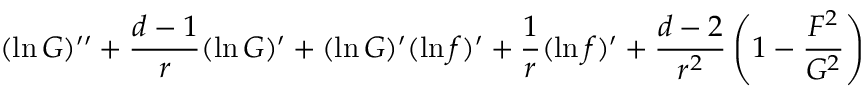
( \ln G ) ^ { \prime \prime } + { \frac { d - 1 } { r } } ( \ln G ) ^ { \prime } + ( \ln G ) ^ { \prime } ( \ln f ) ^ { \prime } + { \frac { 1 } { r } } ( \ln f ) ^ { \prime } + { \frac { d - 2 } { r ^ { 2 } } } \left( 1 - { \frac { F ^ { 2 } } { G ^ { 2 } } } \right)